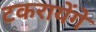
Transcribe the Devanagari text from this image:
टकरायेंगे